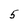
Character: 5